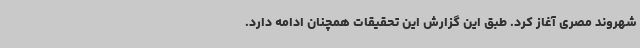
شهروند مصری آغاز کرد. طبق این گزارش این تحقیقات همچنان ادامه دارد.